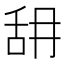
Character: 䑙